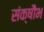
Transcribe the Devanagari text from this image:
संक्षौभ